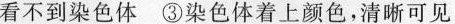
看不到染色体③染色体着上颜色，清晰可见